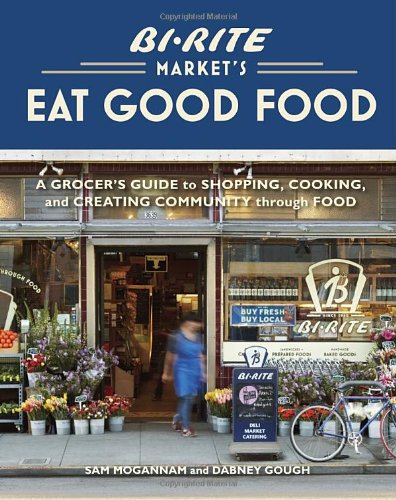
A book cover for Bi-Rite Market's Eat Good Food: A Grocer's Guide to Shopping, Cooking & Creating Community Through Food; Sam Mogannam; Reference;